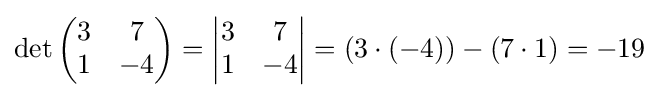
\det {\begin{pmatrix}3&7\\1&-4\end{pmatrix}}={\begin{vmatrix}3&7\\1&{-4}\end{vmatrix}}=(3\cdot (-4))-(7\cdot 1)=-19